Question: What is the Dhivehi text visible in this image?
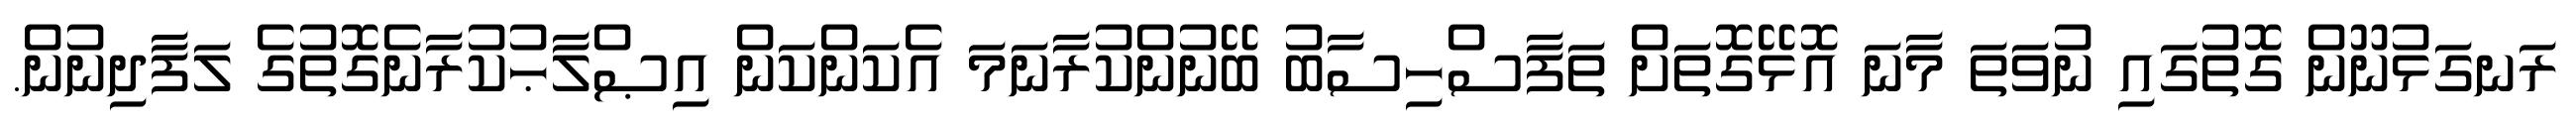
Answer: ރަނގަޅުނޫން ގޮތުގައި ނުވަތަ މާނަ އޮޅޭގޮތަށް ތަފާސްހިސާބު ބޭނުންކުރާނަމަ އެކަންކަން އިޞްލާޙުކުރާނެގޮތުގެ ލަފާދިނުން.